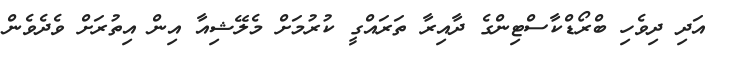
އަދި ދިވެހި ބްރޯޑްކާސްޓިންގެ ދާއިރާ ތަރައްގީ ކުރުމަށް މެލޭޝިއާ އިން އިތުރަށް ވެދެވެން